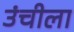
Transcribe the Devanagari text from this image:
उंचीला